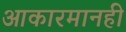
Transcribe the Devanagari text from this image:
आकारमानही